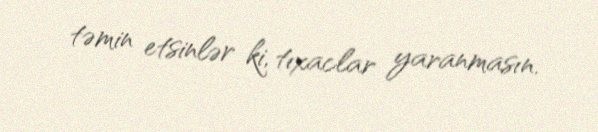
təmin etsinlər ki, tıxaclar yaranmasın.